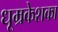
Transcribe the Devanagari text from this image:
धूम्रकेशका